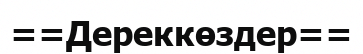
==Дереккөздер==